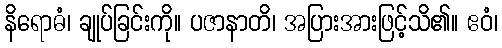
နိရောဓံ၊ ချုပ်ခြင်းကို။ ပဇာနာတိ၊ အပြားအားဖြင့်သိ၏။ ဧဝံ၊